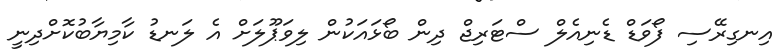
އިނގިރޭސި ފޯވަޑް ޑެނިއެލް ސްޓަރިޖް ދިން ބޯޅައަކުން ލިވަޕޫލަށް އެ ލަނޑު ކާމިޔާބުކޮށްދިނީ